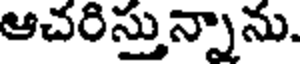
ఆచరిస్తున్నాను.